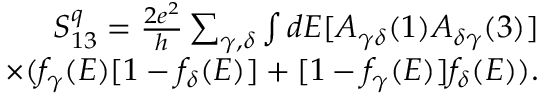
\begin{array} { r } { { S _ { 1 3 } ^ { q } = \frac { 2 e ^ { 2 } } { h } \sum _ { \gamma , \delta } \int d E [ A _ { \gamma \delta } ( 1 ) A _ { \delta \gamma } ( 3 ) ] } } \\ { \times { ( f _ { \gamma } ( E ) [ 1 - f _ { \delta } ( E ) ] + [ 1 - f _ { \gamma } ( E ) ] f _ { \delta } ( E ) ) . } } \end{array}